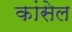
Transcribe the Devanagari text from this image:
कांसेल